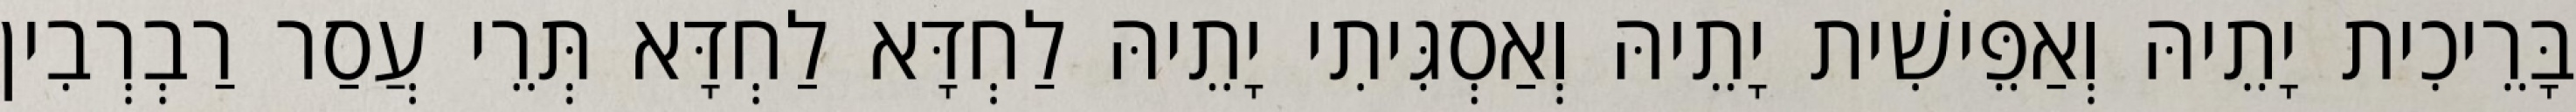
בָּרֵיכִית יָתֵיהּ וְאַפֵּישִׁית יָתֵיהּ וְאַסְגִּיתִי יָתֵיהּ לַחְדָּא לַחְדָּא תְּרֵי עֲסַר רַבְרְבִין